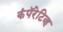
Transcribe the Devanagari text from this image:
कंपॅरेटिव्ह